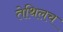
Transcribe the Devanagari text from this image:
तेथिलच